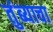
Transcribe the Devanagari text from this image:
तुंब्याचा